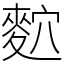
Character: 䴳